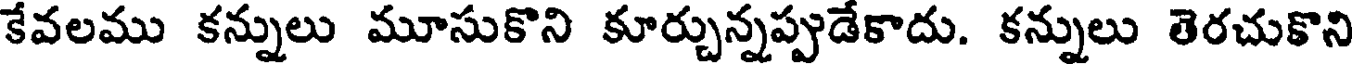
కేవలము కన్నులు మూసుకొని కూర్చున్నప్పుడేకాదు. కన్నులు తెరచుకొని